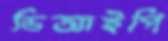
ডিআইপি